Tezpur Lunatic Asylum reports 1877-1894 - 1877-1894
Year: 1877
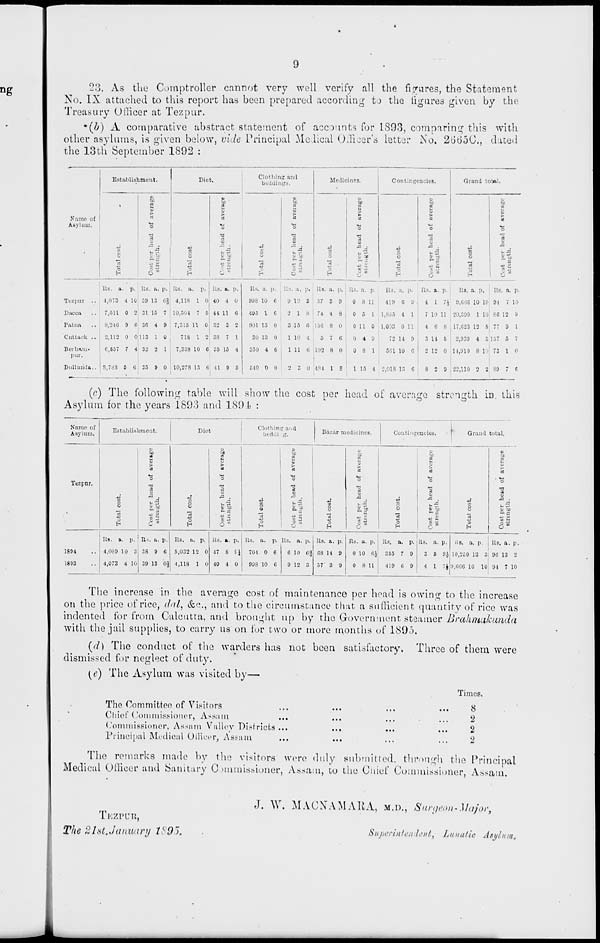
9
2'j. As the Comptroller cannot very well verify all the figures, the Statement
No. IX attached to this report has been prepared according to the figures given by the
Treasury OiHccr at Tezpur.
'(b) A comparative abstract statement of accounts for 1893, comparing this with
other asylums, is given below, vide Principal Medical Officer's letter No, 26650., dated
the 13 th September 1892 :
Establishment.
Diet,
Clothing ami
beddings.
Medicines.
•
Contingencies.
Grand total.
c
be
a
«
to
a
to
co
o
to
01
o
CD
CO
to
a
i>
i
3
>
>
3
Name of
c3
CO
a)
co
Bl
a!
Asylum.
o
73
n
O
•a
O
73
3
O
•a
S3
1
«
" £
*a
"~ J3
m
.3 .
"'
.3
■£
■g
u -'
o
u <-■
fe ■"
S
I '.;,
u
P. -
°
&£
s *
®
P. g 1
~ 5
3
o
H
Is h
O
H
8 y -
3
EH
1*
o
H
43 2
o a
H
- g
5 o
Its. a. p. Its, a. P- Its. a. i . Us. a. P-
Its. a, p.
Its. :v. 1>. Us. a. P. Rs. a. [i
B3. a. P-
Us. a. p,
UJ. a. p. ■ Us. a. p.
Tezpur ■• 4,073 -1 1C 39 13 C' 3 4,118 1 (i 40 4 0 99S 10 6 9 12 3 57 3 9 0 8 11
419 G 9
4 1 7.V 9,GilG 10 10 94 7 10
Dacca
7 fill 0 2 31 15 7 10,504 7 e 44 11 6 495 1 G 2 1 8 74 4 8 0 5 1 1,805 4 1 7 10 11 20,300 1 10 SG 12 9
Patna
8,246 9 6 38 4 9
7,315 11 0 32 3 2
901 15 0
3 16 f. 15G 8 0
0 110 1,008 0 11
4 6 8 . 17,023 12 6 77 9 1
Cattack ..
2,112 0 0 113 1 0
718 1 2 38 7 1
30 18 0
1 10 15 7 6
0 4 9
72 14 9
3 14 6
2,939 4 5 157 5 7
BoillMU-
6,657 7 4 32 2 1
7,338 10 6 35 15 4
350 4 G
1 11 G 102 8 0
0 8 1
561 10 G
2 12 0 1 1,910 8 10 73 1 0
pur.
Dullunda.. 8,783 5 6 35 9 0 10,278 IS 6 41 9 5
510 0 0
" 3 0 481 1
i
8
1 15 4
I
2,018 13 6
8 2 9 22,110 2 2 89 7 f
(c) The following table will show the cost per head of average strength iD. this
Asylum for the years 1S9>3 and 189.t :
Name of
Asylum.
Establishment,
Diet
Clntliinir and
beddi g.
Bazar medicines.
C'ont ngencies.
Grand total.
4)
01
?
a
0
B
to
to
to
CD
io
to
m
d
CO
CO
CO
t»
t»
t»
•-
>
CO
CO
CO
a
a
e
o
o
o
o
Tezpnr.
73
CO
-3
CO
73
2
73
CO
73
33
73
3
•=! .
.3 .
~ •
A
A
J3 .
o
*4
o
.3
7K
e's
43
>- —
o
u~
o
a
o
g.*
u
c to
a
6»
O
SLf
o
9 to
o
t.t
C3
o
H
c "
S a
C3
O
I*
o
I
H
*■ si
3
o
H
C a
d
O
H
C 30
O
c3
H
45 ii
1*
Us. a. p, n->. a. p. Us. a. p.
Rs. a. P. Us. a. p. Us. a. p. Us. a. p. Us. a. p,
Us. a. P. Its. a. P. tis. a, p. Us. a. p.
1891
4,089 10 3 38 9 G
5,032 12 0 17 S H 701 0 6 G 10 6;} G8 14 9 0 10 G.J 355 7 9 3 5 9.J 10,2i0 13 3 9G 13 2
1893
4,073 4 10 39 13 05} 1,118 1 0 40 4 0
993 10 C
9 12 3
57 3 9
0 8 11
119 6 9
4 1 7* 9,(166 10 10 94 7 10
The increase in the average cost of maintenance per head is owing to the increase
on the price of rice, rial, &c, and to the circumstance that a sufficient quantity of rice was
indented for from Calcutta, and brought up by the Government steamer Brahniqkunda
with the jail supplies, to carry us on for two or more months of 189").
(<7) The conduct of the warders has not been satisfactory. Three of them were
dismissed for neglect of duty.
{e) The Asylum was visited by—
Times.
The Committee of Visitors
Chief Commissioner, Assam
Commissioner, Assam Valley Distriots ...
Principal Medioul Oilicer, Assam
8
2
2
2
The remarks made by the visitors wore duly submitted, through the Principal
Medical Officer and Sanitary Commissioner, Assam, to the Chief Commissioner, Assam.
TKZPUB,
The 8l8t,January t^D").
J. W. MACNAMARA, M.D., Surgeon-Major,
Superintendent) Lunatic Asylum,